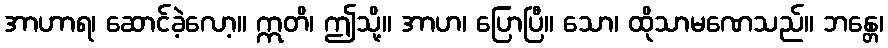
အာဟာရ၊ ဆောင်ခဲ့လော့။ ဣတိ၊ ဤသို့။ အာဟ၊ ပြောပြီ။ သော၊ ထိုသာမဏေသည်။ ဘန္တေ၊